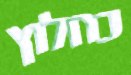
כחלוץ